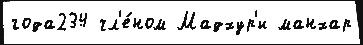
года234 чл'е́ном Мадхур'и манхар